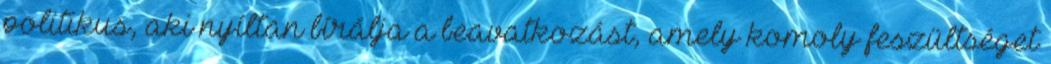
politikus, aki nyíltan bírálja a beavatkozást, amely komoly feszültséget